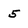
Character: 5